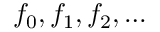
f _ { 0 } , f _ { 1 } , f _ { 2 } , \ldots